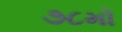
૭૮મો